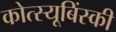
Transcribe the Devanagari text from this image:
कोत्स्यूबिंस्की